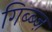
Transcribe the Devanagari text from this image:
गिब्ब्ज़